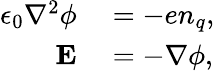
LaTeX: \begin{array}{rl}{\epsilon_{0}\nabla^{2}\phi}&{{}=-en_{q},}\\ {{\mathbf E}}&{{}=-\nabla\phi,}\end{array}